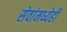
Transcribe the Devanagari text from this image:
सेवांमध्येही